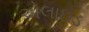
એલાઇડ